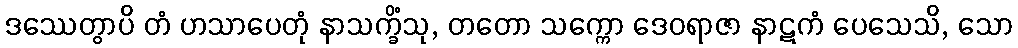
ဒဿေတွာပိ တံ ဟသာပေတုံ နာသက္ခိံသု, တတော သက္ကော ဒေဝရာဇာ နာဋကံ ပေသေသိ, သော